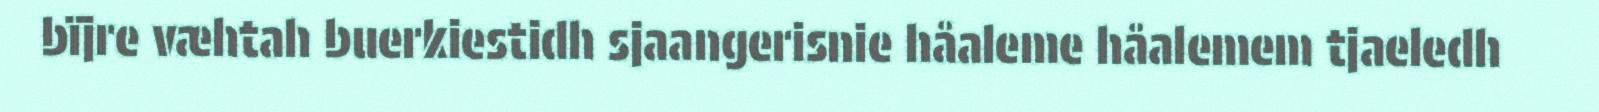
bïjre væhtah buerkiestidh sjaangerisnie håaleme håalemem tjaeledh